Medical and sanitary report on the native army of Bombay for the year
Year: 1877
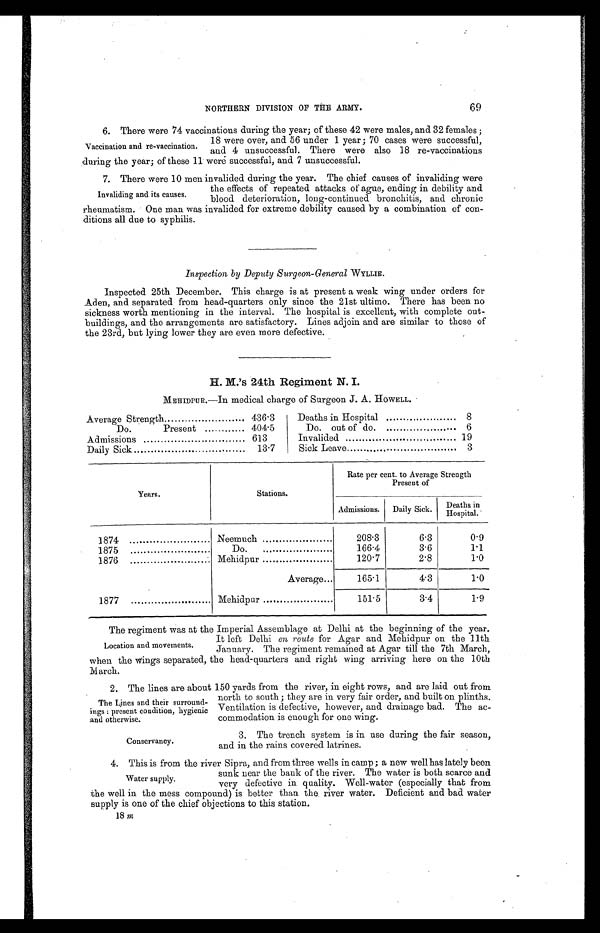
NORTHERN DIVISION OF THE ARMY.
69
Vaccination and re-vaccination.
6. There were 74 vaccinations during the year; of these 42 were males, and 32 females ;
18 were over, and 56 under 1 year; 70 cases were successful,
and 4 unsuccessful. There were also 18 re-vaccinations
during the year; of these 11 were successful, and 7 unsuccessful.
Invaliding and its causes.
7. There were 10 men invalided during the year. The chief causes of invaliding were
the effects of repeated attacks of ague, ending in debility and
blood deterioration, long-continued bronchitis, and chronic
rheumatism. One man was invalided for extreme debility caused by a combination of con-
ditions all due to syphilis.
Inspection by Deputy Surgeon-General WYLLIE.
Inspected 25th December. This charge is at present a weak wing under orders for
Aden, and separated from head-quarters only since the 21st ultimo. There has been no
sickness worth mentioning in the interval. The hospital is excellent, with complete out-
buildings, and the arrangements are satisfactory. Lines adjoin and are similar to those of
the 23rd, but lying lower they are even more defective.
H. M's 24th Regiment N. I.
MEHIDPUR.—In medical charge of Surgeon J. A. HOWELL.
Average Strength
436.3
Deaths in Hospital
8
Do.
Present
404.5
Do. out of do.
6
Admissions
613
Invalided
19
Daily Sick
13.7
Sick Leave
3
Years.
Stations.
Rate per cent. to Average Strength
Present of
Admissions.
Daily Sick.
Deaths in
H o s p i t a l .
1874
Neemuch
208.3
6.3
0.9
1875
Do
166.4
3.6
1.1
1876
• Mehidpur
.
120.7
2.8
1.0
Average...
165.1
4.3
1.0
1877
Mehidpur
151.5
3.4
1.9
Location and movements.
The regiment was at the Imperial Assemblage at Delhi at the beginning of the year.
It left Delhi en route for Agar and Mehidpur on the 11th
January. The regiment remained at Agar till the 7th March,
when the wings separated, the head-quarters and right wing arriving here on the 10th
March.
The Lines and their surround-
ings : present condition, hygienic
;and otherwise.
2. The lines are about 150 yards from the river, in eight rows, and are laid out from
north to south; they are in very fair order, and built on plinths.
Ventilation is defective, however, and drainage bad. The ac-
commodation is enough for one wing.
Conservancy.
3. The trench system is in use during the fair season,
and in the rains covered latrines.
Water supply.
4. This is from the river Sipra, and from three wells in camp; a new well has lately been
sunk near the bank of the river. The water is both scarce and
very defective in quality. Well-water (especially that from
the well in the mess compound) is better than the river water. Deficient and bad water
supply is one of the chief objections to this station.
18 m